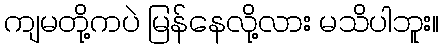
ကျမတို့ကပဲ မြန်နေလို့လား မသိပါဘူး။